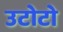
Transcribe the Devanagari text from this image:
उटोटो